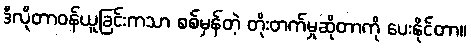
ဒီလိုတာဝန်ယူခြင်းကသာ စစ်မှန်တဲ့ တိုးတက်မှုဆိုတာကို ပေးနိုင်တာ။